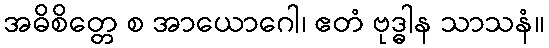
အဓိစိတ္တေ စ အာယောဂေါ၊ ဧတံ ဗုဒ္ဓါန သာသနံ။